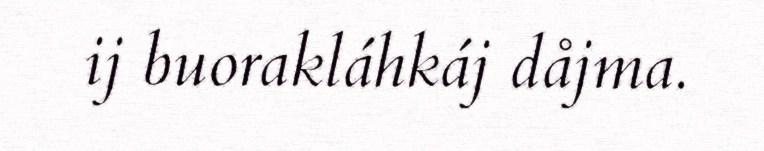
ij buorakláhkáj dåjma.